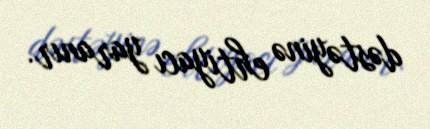
dəstəyinə ehtiyacı yaranır.